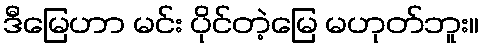
ဒီမြေဟာ မင်း ပိုင်တဲ့မြေ မဟုတ်ဘူး။